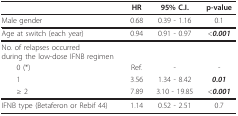
|  | HR | 95% C.I. | p-value |
 | --- | --- | --- | --- |
 | Male gender | 0.68 | 0.39 - 1.16 | 0.1 |
 | Age at switch (each year) | 0.94 | 0.91 - 0.97 | <0.001 |
 | No. of relapses occurred during the low-dose IFNB regimen |  |  |  |
 | 0 (*) | Ref. | - | - |
 | 1 | 3.56 | 1.34 - 8.42 | 0.01 |
 | ≥ 2 | 7.89 | 3.10 - 19.85 | <0.001 |
 | IFNB type (Betaferon or Rebif 44) | 1.14 | 0.52 - 2.51 | 0.7 |